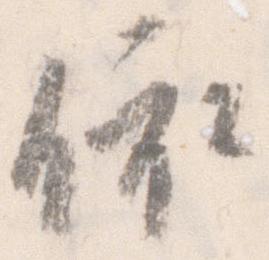
依